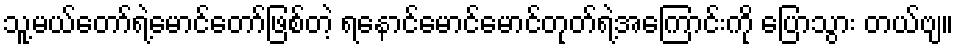
သူ့မယ်တော်ရဲ့မောင်တော်ဖြစ်တဲ့ ရနောင်မောင်မောင်တုတ်ရဲ့အကြောင်းကို ပြောသွား တယ်ဗျ။